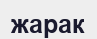
жарак